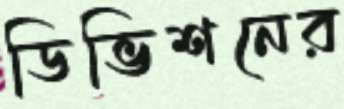
ডিভিশনের